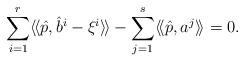
LaTeX: \begin{align*}\sum_{i=1}^r\langle\!\langle \hat{p}, \hat{b}^i-\xi^i\rangle\!\rangle-\sum_{j=1}^s\langle\!\langle \hat{p},a^j\rangle\!\rangle =0.\end{align*}